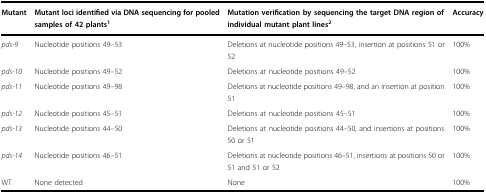
| Mutant | Mutant loci identified via DNA sequencing for pooled samples of 42 plants1 | Mutation verification by sequencing the target DNA region of individual mutant plant lines2 | Accuracy |
 | --- | --- | --- | --- |
 | pds-9 | Nucleotide positions 49–53 | Deletions at nucleotide positions 49–53, insertion at positions 51 or 52 | 100% |
 | pds-10 | Nucleotide positions 49–52 | Deletions at nucleotide positions 49–52 | 100% |
 | pds-11 | Nucleotide positions 49–98 | Deletions at nucleotide positions 49–98, and an insertion at position 51 | 100% |
 | pds-12 | Nucleotide positions 45–51 | Deletions at nucleotide positions 45–51 | 100% |
 | pds-13 | Nucleotide positions 44–50 | Deletions at nucleotide positions 44–50, and insertions at positions 50 or 51 | 100% |
 | pds-14 | Nucleotide positions 46–51 | Deletions at nucleotide positions 46–51, insertions at positions 50 or 51 and 51 or 52 | 100% |
 | WT | None detected | None | 100% |